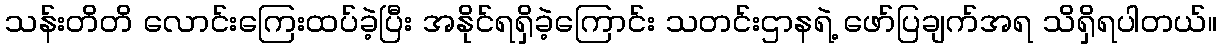
သန်းတိတိ လောင်းကြေးထပ်ခဲ့ပြီး အနိုင်ရရှိခဲ့ကြောင်း သတင်းဌာနရဲ့ ဖော်ပြချက်အရ သိရှိရပါတယ်။